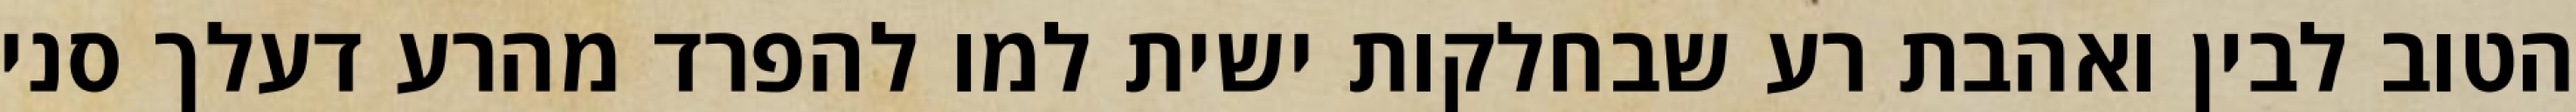
הטוב לבין ואהבת רע שבחלקות ישית למו להפרד מהרע דעלך סני